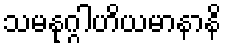
သမနုဂ္ဂါဟိယမာနာနိ